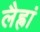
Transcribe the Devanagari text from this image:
लैह्रां